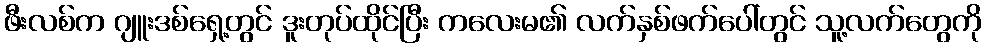
ဖီးလစ်က ဂျူးဒစ်ရှေ့တွင် ဒူးတုပ်ထိုင်ပြီး ကလေးမ၏ လက်နှစ်ဖက်ပေါ်တွင် သူ့လက်တွေကို